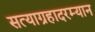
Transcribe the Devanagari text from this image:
सत्याग्रहादरम्यान